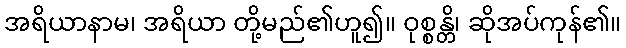
အရိယာနာမ၊ အရိယာ တို့မည်၏ဟူ၍။ ဝုစ္စန္တိ၊ ဆိုအပ်ကုန်၏။